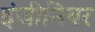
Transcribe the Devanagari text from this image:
इंज़ीनियर